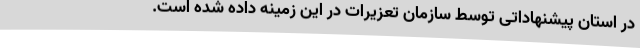
در استان پیشنهاداتی توسط سازمان تعزیرات در این زمینه داده ‌شده ‌است.